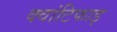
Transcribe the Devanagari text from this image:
क्वांटिफाइ